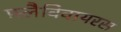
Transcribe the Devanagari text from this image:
फ़्लैविवायरस